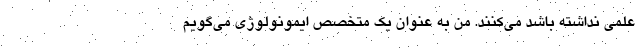
علمی نداشته باشد می‌کنند. من به عنوان یک متخصص ایمونولوژی می‌گویم